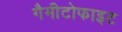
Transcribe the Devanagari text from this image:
गैमीटोफाइट